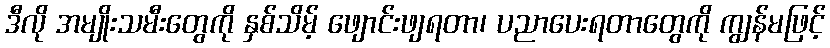
ဒီလို အမျိုးသမီးတွေကို နှစ်သိမ့် ဖျောင်းဖျရတာ၊ ပညာပေးရတာတွေကို ကျွန်မဖြင့်